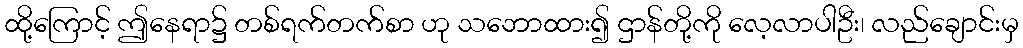
ထို့ကြောင့် ဤနေရာ၌ တစ်ရက်တက်စာ ဟု သဘောထား၍ ဌာန်တို့ကို လေ့လာပါဦး၊ လည်ချောင်းမှ